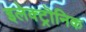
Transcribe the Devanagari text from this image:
इलेक्ट्रॊनिक